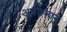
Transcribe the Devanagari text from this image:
अनंतञान